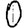
Digit: 0